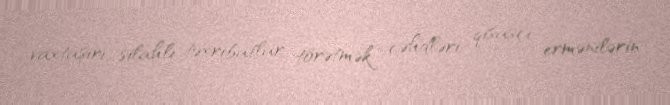
vaxtaşırı silahlı təxribatlar törətmək cəhdləri qisasçı ermənilərin